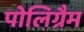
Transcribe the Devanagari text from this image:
पोलिग्रैम